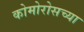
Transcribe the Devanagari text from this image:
कोमोरोसच्या